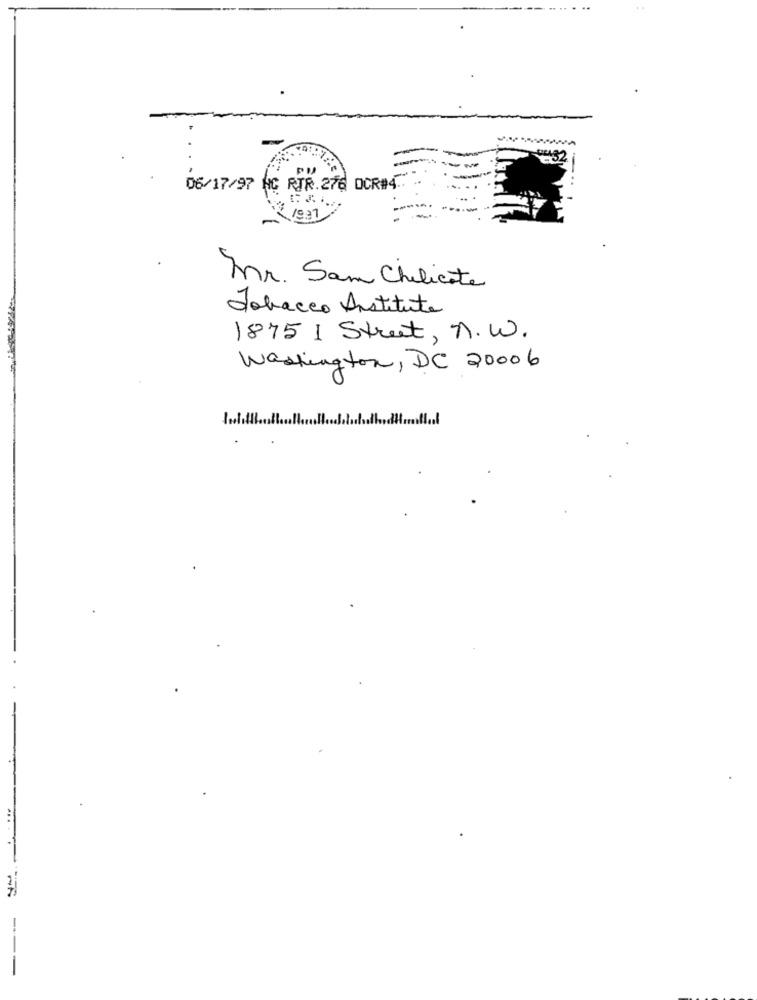
-
06/17/97 HC RIR.276 OCR#4 ..
19.31
Mr. Sam Chilicate
Tobacco Institute
1875 I Street, N.W.
Washington, DC 20006
0
--